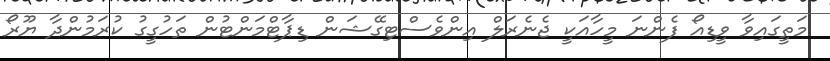
މަތީގައިވާ ވީޑިއޯ ފެންނަ މީހާއަކީ ޖެނެރަލް އިންވެސްޓިގޭޝަން ޑިޕާޓްމަންޓުން ތަހުގީގު ކުރަމުންދާ ޔޫރޯ